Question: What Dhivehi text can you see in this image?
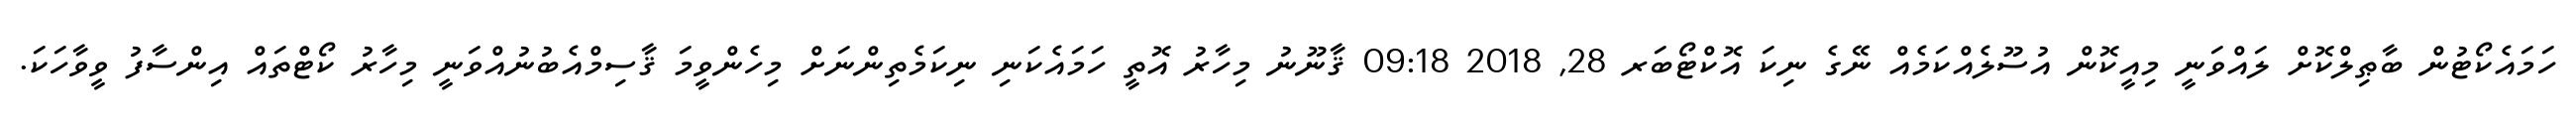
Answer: ހަމައެކޯޓުން ބާޠިލްކޮށް ލައްވަނީ މިއީކޮން އުސޫލެއްކަމެއް ނޭގެ ނިކަ އޮކްޓޯބަރ 28, 2018 09:18 ޤާނޫނު މިހާރު އޮތީ ހަމައެކަނި ނިކަމެތިންނަށް މިހެންވީމަ ޤާސިމްއެބުނުއްވަނީ މިހާރު ކޯޓްތައް އިންސާފު ވީވާހަކަ.